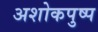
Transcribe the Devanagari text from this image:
अशोकपुष्प